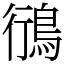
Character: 鴴